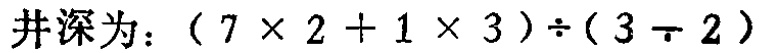
井深为：\((7\times 2 + 1\times 3)\div(3 - 2)\)